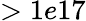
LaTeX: >1e17